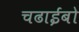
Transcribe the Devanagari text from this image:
चढाईबो